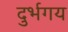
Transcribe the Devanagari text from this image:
दुर्भगय